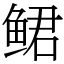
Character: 鲪